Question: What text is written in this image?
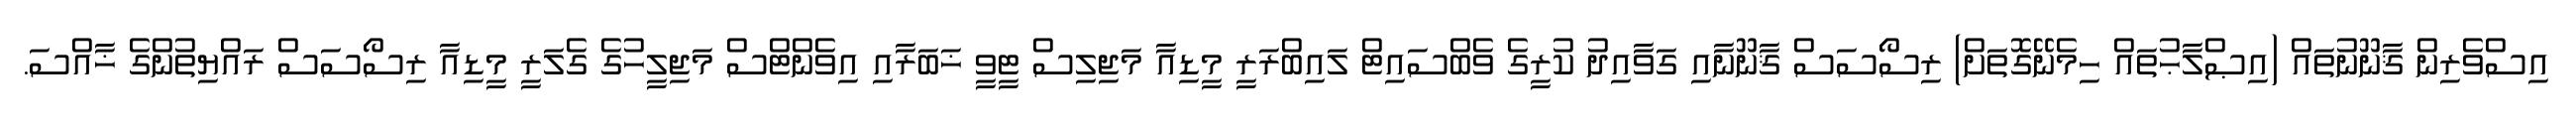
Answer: އިސްވެރިން ޤާނޫނުތައް (އިޞްލާޙުތައް ހިމެނޭގޮތަށް) ރިސޯސަސް ޤާނޫނާއި ގަވާއިދު ކުރީގެ ވެބްސައިޓް ލައިބްރަރީ މީޑިއާ މަޖިލިސް ޓީވީ ޚަބަރާއި އިވެންޓްސް މަޖިލީހުގެ ގެލަރީ މީޑިއާ ރިސޯސަސް ރައްޔިތުންގެ ޚާއްސަ.